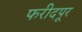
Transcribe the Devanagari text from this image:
फरीदपूर